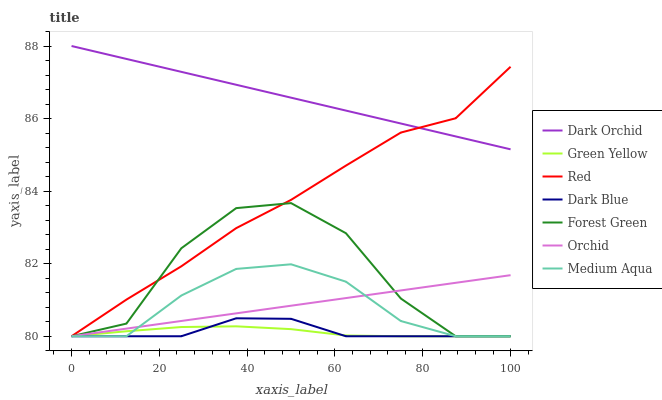
| xaxis_label | Dark Orchid | Green Yellow | Red | Dark Blue | Forest Green | Orchid | Medium Aqua |
 | --- | --- | --- | --- | --- | --- | --- | --- |
 | 0 | 88 | 80 | 80 | 80 | 80 | 80 | 80 |
 | 12.5 | 87.6 | 80.1 | 81 | 80 | 80.3 | 80.2 | 80 |
 | 25 | 87.3 | 80.3 | 81.9 | 80 | 82.4 | 80.4 | 81.1 |
 | 37.5 | 86.9 | 80.3 | 83 | 80.5 | 83.5 | 80.6 | 81.9 |
 | 50 | 86.6 | 80.2 | 83.8 | 80.5 | 83.7 | 80.8 | 82 |
 | 62.5 | 86.2 | 80 | 84.7 | 80 | 82.8 | 81.1 | 81.5 |
 | 75 | 85.9 | 80 | 85.6 | 80 | 81 | 81.3 | 80.4 |
 | 87.5 | 85.5 | 80 | 86 | 80 | 80 | 81.5 | 80 |
 | 100 | 85.2 | 80 | 87.4 | 80 | 80 | 81.7 | 80 |